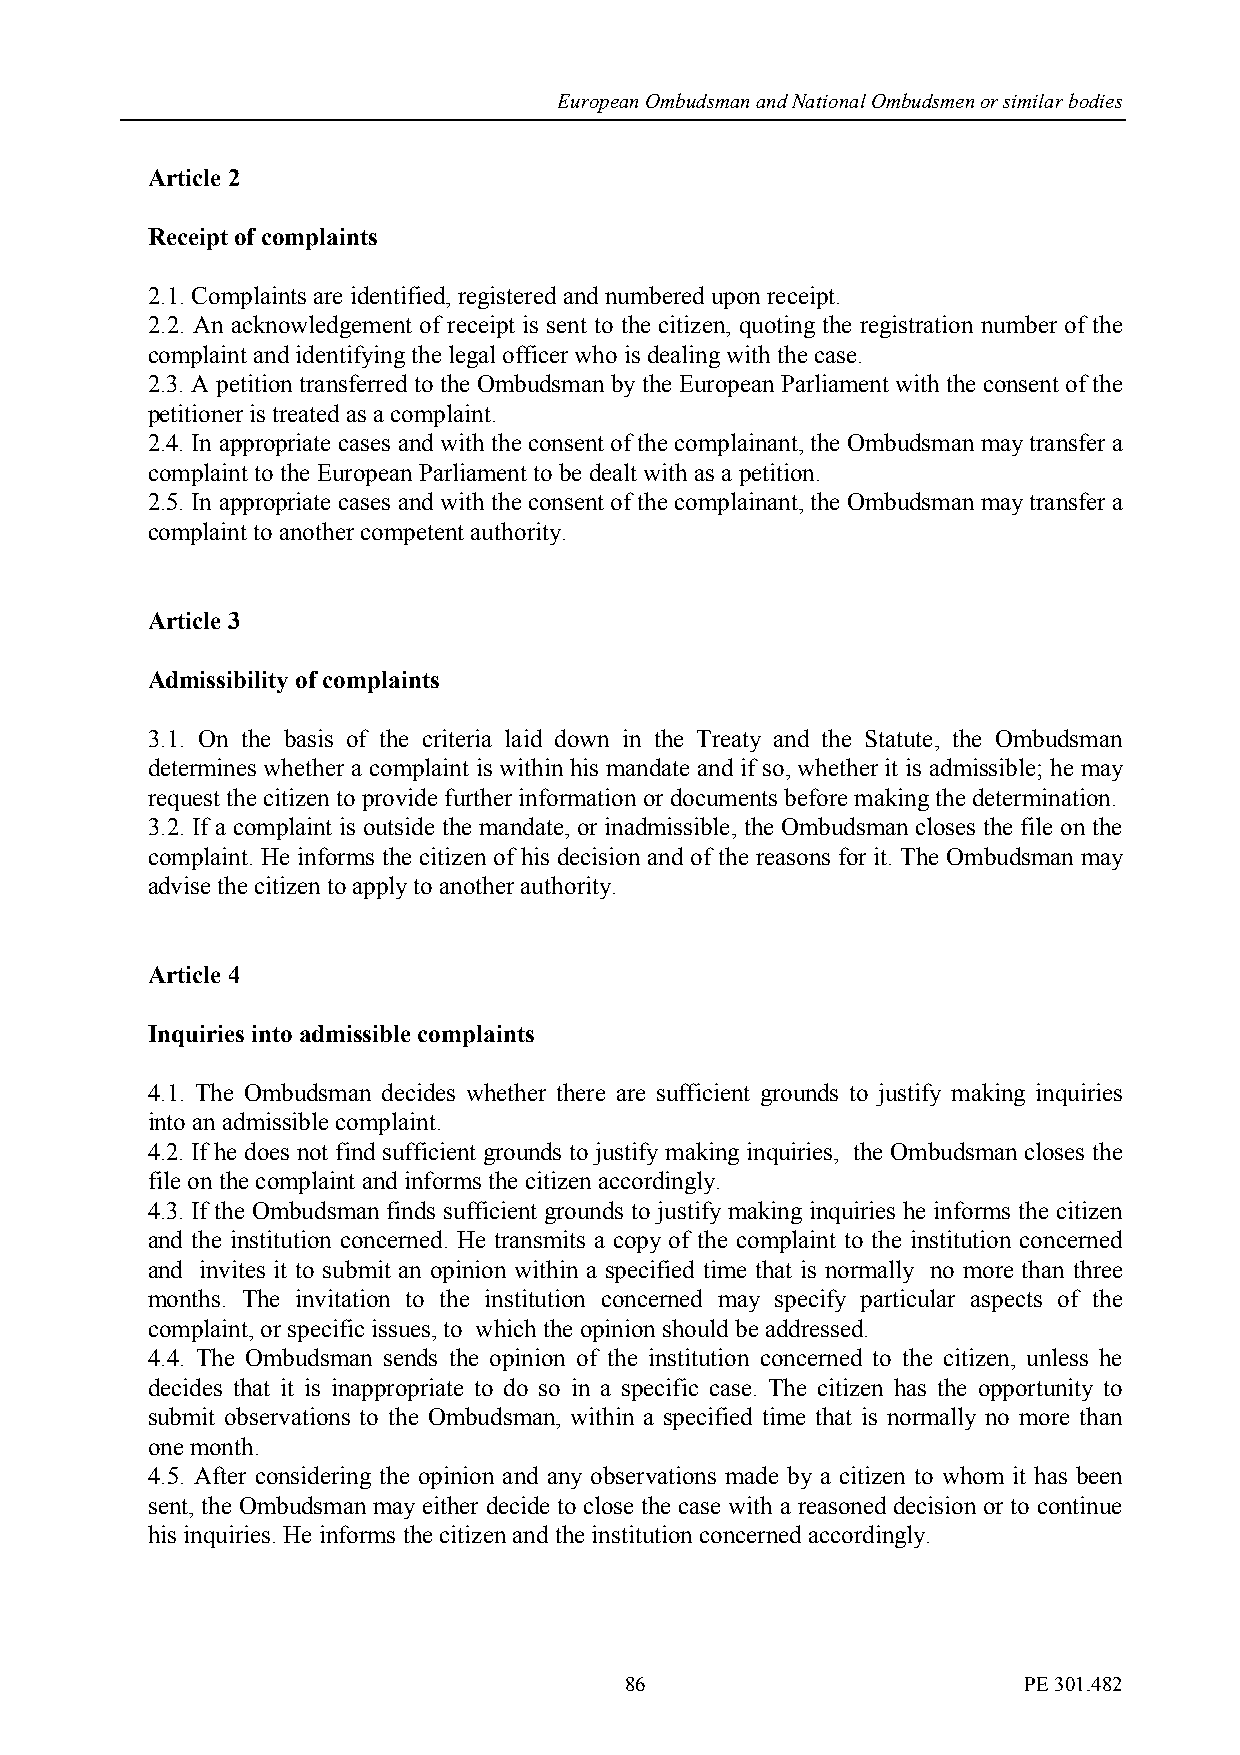
European Ombudsman and National Ombudsmen or similar bodies
 Article 2
 Receipt of complaints
 2.1. Complaints are identified, registered and numbered upon receipt.
 2.2. An acknowledgement of receipt is sent to the citizen, quoting the registration number of the
 complaint and identifying the legal officer who is dealing with the case.
 2.3. A petition transferred to the Ombudsman by the European Parliament with the consent of the
 petitioner is treated as a complaint.
 2.4. In appropriate cases and with the consent of the complainant, the Ombudsman may transfer a
 complaint to the European Parliament to be dealt with as a petition.
 2.5. In appropriate cases and with the consent of the complainant, the Ombudsman may transfer a
 complaint to another competent authority.
 Article 3
 Admissibility of complaints
 3.1. On the basis of the criteria laid down in the Treaty and the Statute, the Ombudsman
 determines whether a complaint is within his mandate and if so, whether it is admissible; he may
 request the citizen to provide further information or documents before making the determination.
 3.2. If a complaint is outside the mandate, or inadmissible, the Ombudsman closes the file on the
 complaint. He informs the citizen of his decision and of the reasons for it. The Ombudsman may
 advise the citizen to apply to another authority.
 Article 4
 Inquiries into admissible complaints
 4.1. The Ombudsman decides whether there are sufficient grounds to justify making inquiries
 into an admissible complaint.
 4.2. If he does not find sufficient grounds to justify making inquiries, the Ombudsman closes the
 file on the complaint and informs the citizen accordingly.
 4.3. If the Ombudsman finds sufficient grounds to justify making inquiries he informs the citizen
 and the institution concerned. He transmits a copy of the complaint to the institution concerned
 and invites it to submit an opinion within a specified time that is normally no more than three
 months. The invitation to the institution concerned may specify particular aspects of the
 complaint, or specific issues, to which the opinion should be addressed.
 4.4. The Ombudsman sends the opinion of the institution concerned to the citizen, unless he
 decides that it is inappropriate to do so in a specific case. The citizen has the opportunity to
 submit observations to the Ombudsman, within a specified time that is normally no more than
 one month.
 4.5. After considering the opinion and any observations made by a citizen to whom it has been
 sent, the Ombudsman may either decide to close the case with a reasoned decision or to continue
 his inquiries. He informs the citizen and the institution concerned accordingly.
 86                         PE 301.482